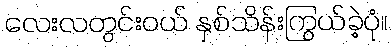
လေးလတွင်းဝယ် နှစ်သိန်းကြွယ်ခဲ့ပုံ။